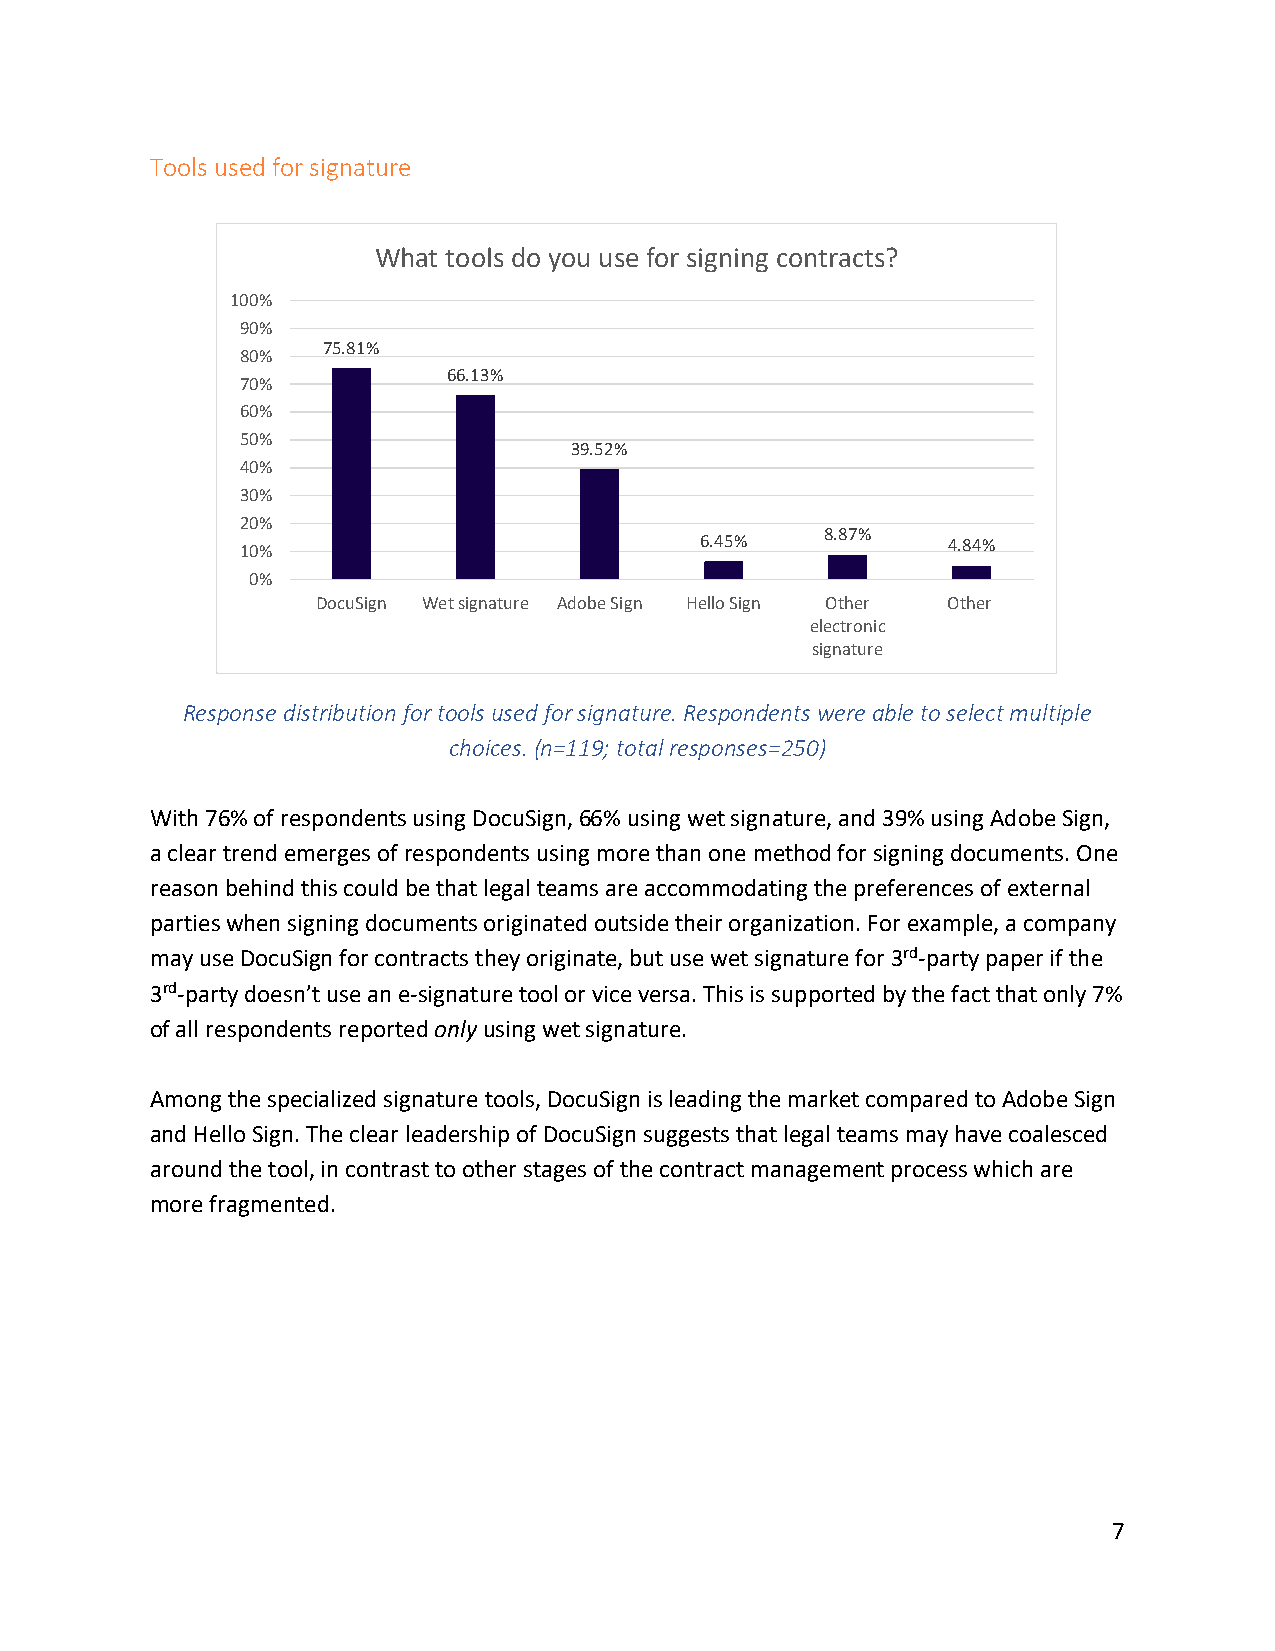
Tools used for signature
 What tools do you use for signing contracts?
 100%
 90%
 75.81%
 80%
 66.13%
 70%
 60%
 50%
 39.52%
 40%
 30%
 20%
 8.87%
 10%                           6.45%            4.84%
 0%
 DocuSign Wet signature Adobe Sign Hello Sign Other Other
 electronic
 signature
 Response distribution for tools used for signature. Respondents were able to select multiple
 choices. (n=119; total responses=250)
 With 76% of respondents using DocuSign, 66% using wet signature, and 39% using Adobe Sign,
 a clear trend emerges of respondents using more than one method for signing documents. One
 reason behind this could be that legal teams are accommodating the preferences of external
 parties when signing documents originated outside their organization. For example, a company
 may use DocuSign for contracts they originate, but use wet signature for 3rd-party paper if the
 3rd-party doesn’t use an e-signature tool or vice versa. This is supported by the fact that only 7%
 of all respondents reported only using wet signature.
 Among the specialized signature tools, DocuSign is leading the market compared to Adobe Sign
 and Hello Sign. The clear leadership of DocuSign suggests that legal teams may have coalesced
 around the tool, in contrast to other stages of the contract management process which are
 more fragmented.
 7